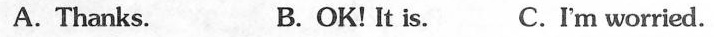
A. Thanks. B. OK! It is. C.I'm worried.